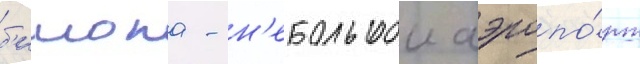
б'ишопа - н'ебольшои аэропо́рт